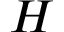
\cal H